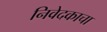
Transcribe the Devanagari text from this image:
निवेदकाचा